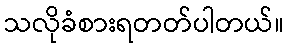
သလိုခံစားရတတ်ပါတယ်။